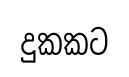
දුකකට